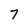
Character: 7